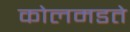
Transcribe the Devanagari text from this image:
कोलमडते